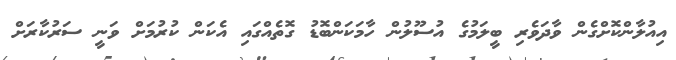
އިއުލާންކޮށްގެން ވާދަވެރި ބީލަމުގެ އުސޫލުން ހާމަކަންބޮޑު ގޮތެއްގައި އެކަން ކުރުމަށް ވަނީ ސަރުކާރަށް